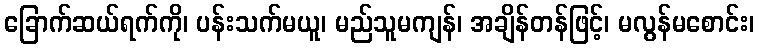
ခြောက်ဆယ်ရက်ကို၊ ပန်းသက်မယူ၊ မည်သူမကျန်၊ အချိန်တန်ဖြင့်၊ မလွန်မစောင်း၊